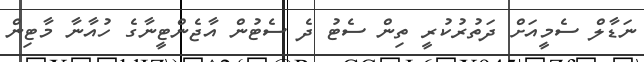
ނަޑާލް ސެމީއަށް ދަތުރުކުރީ ތިން ސެޓު ދެ ސެޓުން އާޖެންޓީނާގެ ހުއާނާ މާޓިން